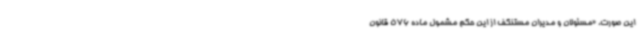
این صورت، «مسئولان و مدیران مستنکف از این حکم مشمول ماده 576 قانون